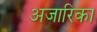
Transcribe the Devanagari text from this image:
अजारिका